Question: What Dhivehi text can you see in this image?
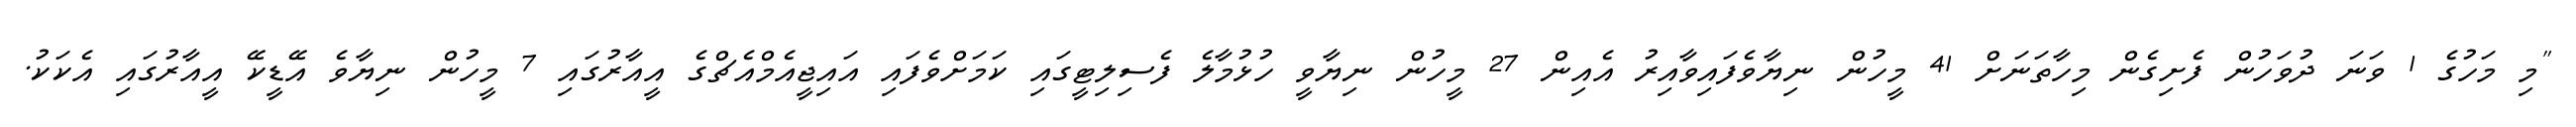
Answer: "މި މަހުގެ 1 ވަނަ ދުވަހުން ފެށިގެން މިހާތަނަށް 41 މީހުން ނިޔާވެފައިވާއިރު އެއިން 27 މީހުން ނިޔާވީ ހުޅުމާލެ ފެސިލިޓީގައި ކަމަށްވެފައި އައިޖީއެމްއެޗްގެ އީއާރުގައި 7 މީހުން ނިޔާވެ އޭޑީކޭ އީއާރުގައި އެކަކު.